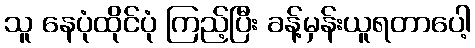
သူ နေပုံထိုင်ပုံ ကြည့်ပြီး ခန့်မှန်းယူရတာပေါ့